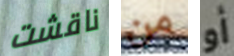
ناقشت من أو